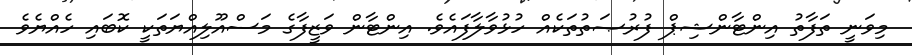
މިވަނީ ތަފާތު އިންޓާންޝިޕް ފުރުޞަތުތަކެއް ހުޅުވާލާފައެވެ. އިންޓާން ވަޒީފާގެ މަސްއޫލިއްޔަތަކީ ކޮބައި ހެއްޔެވެ